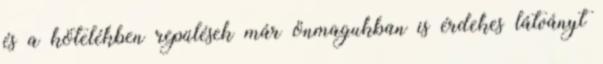
és a kötelékben repülések már önmagukban is érdekes látványt